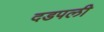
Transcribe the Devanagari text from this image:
दडपली